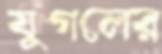
যুগলের